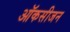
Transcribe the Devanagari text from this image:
ऑकसीजन